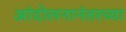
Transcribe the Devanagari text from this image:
आंदोलनानंतरच्या